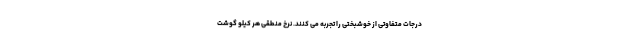
درجات متفاوتی از خوشبختی را تجربه می کنند. نرخ منطقی هر کیلو گوشت